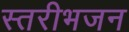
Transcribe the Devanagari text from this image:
स्तरीभजन